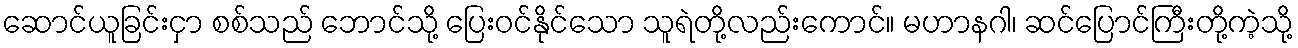
ဆောင်ယူခြင်းငှာ စစ်သည် ဘောင်သို့ ပြေးဝင်နိုင်သော သူရဲတို့လည်းကောင်။ မဟာနဂါ၊ ဆင်ပြောင်ကြီးတို့ကဲ့သို့